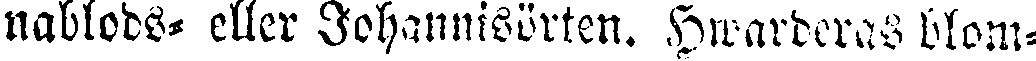
nablods- eller Johannisörten. Hwarderas blom-